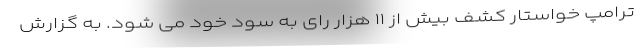
ترامپ خواستار کشف بیش از ۱۱ هزار رای به سود خود می شود. به گزارش